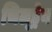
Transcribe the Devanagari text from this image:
चिल्‍ड्रेन